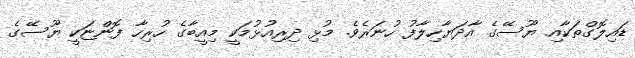
ޑައިލޮގްތަކާއި ޔޫސޭގެ އާދަޔާހިލާފު ހުނަރެވެ. މުޅި ދިރިއުޅުމަކީ މިއީބާގެ ހުރިހާ ފޮންޏަކީ ޔޫސޭގެ